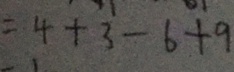
= 4 + 3 - 6 + 9